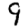
Digit: 9